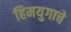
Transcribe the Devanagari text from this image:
हिमयुगाचे